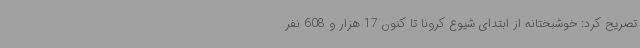
تصریح کرد: خوشبختانه از ابتدای شیوع کرونا تا کنون 17 هزار و 608 نفر